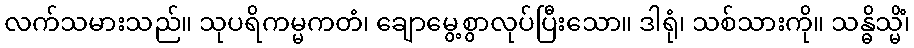
လက်သမားသည်။ သုပရိကမ္မကတံ၊ ချောမွေ့စွာလုပ်ပြီးသော။ ဒါရုံ၊ သစ်သားကို။ သန္ဓိသ္မိံ၊